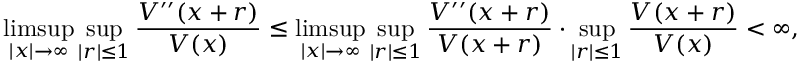
\operatorname* { l i m s u p } _ { | x | \to \infty } \operatorname* { s u p } _ { | r | \le 1 } \frac { V ^ { \prime \prime } ( x + r ) } { V ( x ) } \le \operatorname* { l i m s u p } _ { | x | \to \infty } \operatorname* { s u p } _ { | r | \le 1 } \frac { V ^ { \prime \prime } ( x + r ) } { V ( x + r ) } \cdot \operatorname* { s u p } _ { | r | \le 1 } \frac { V ( x + r ) } { V ( x ) } < \infty ,